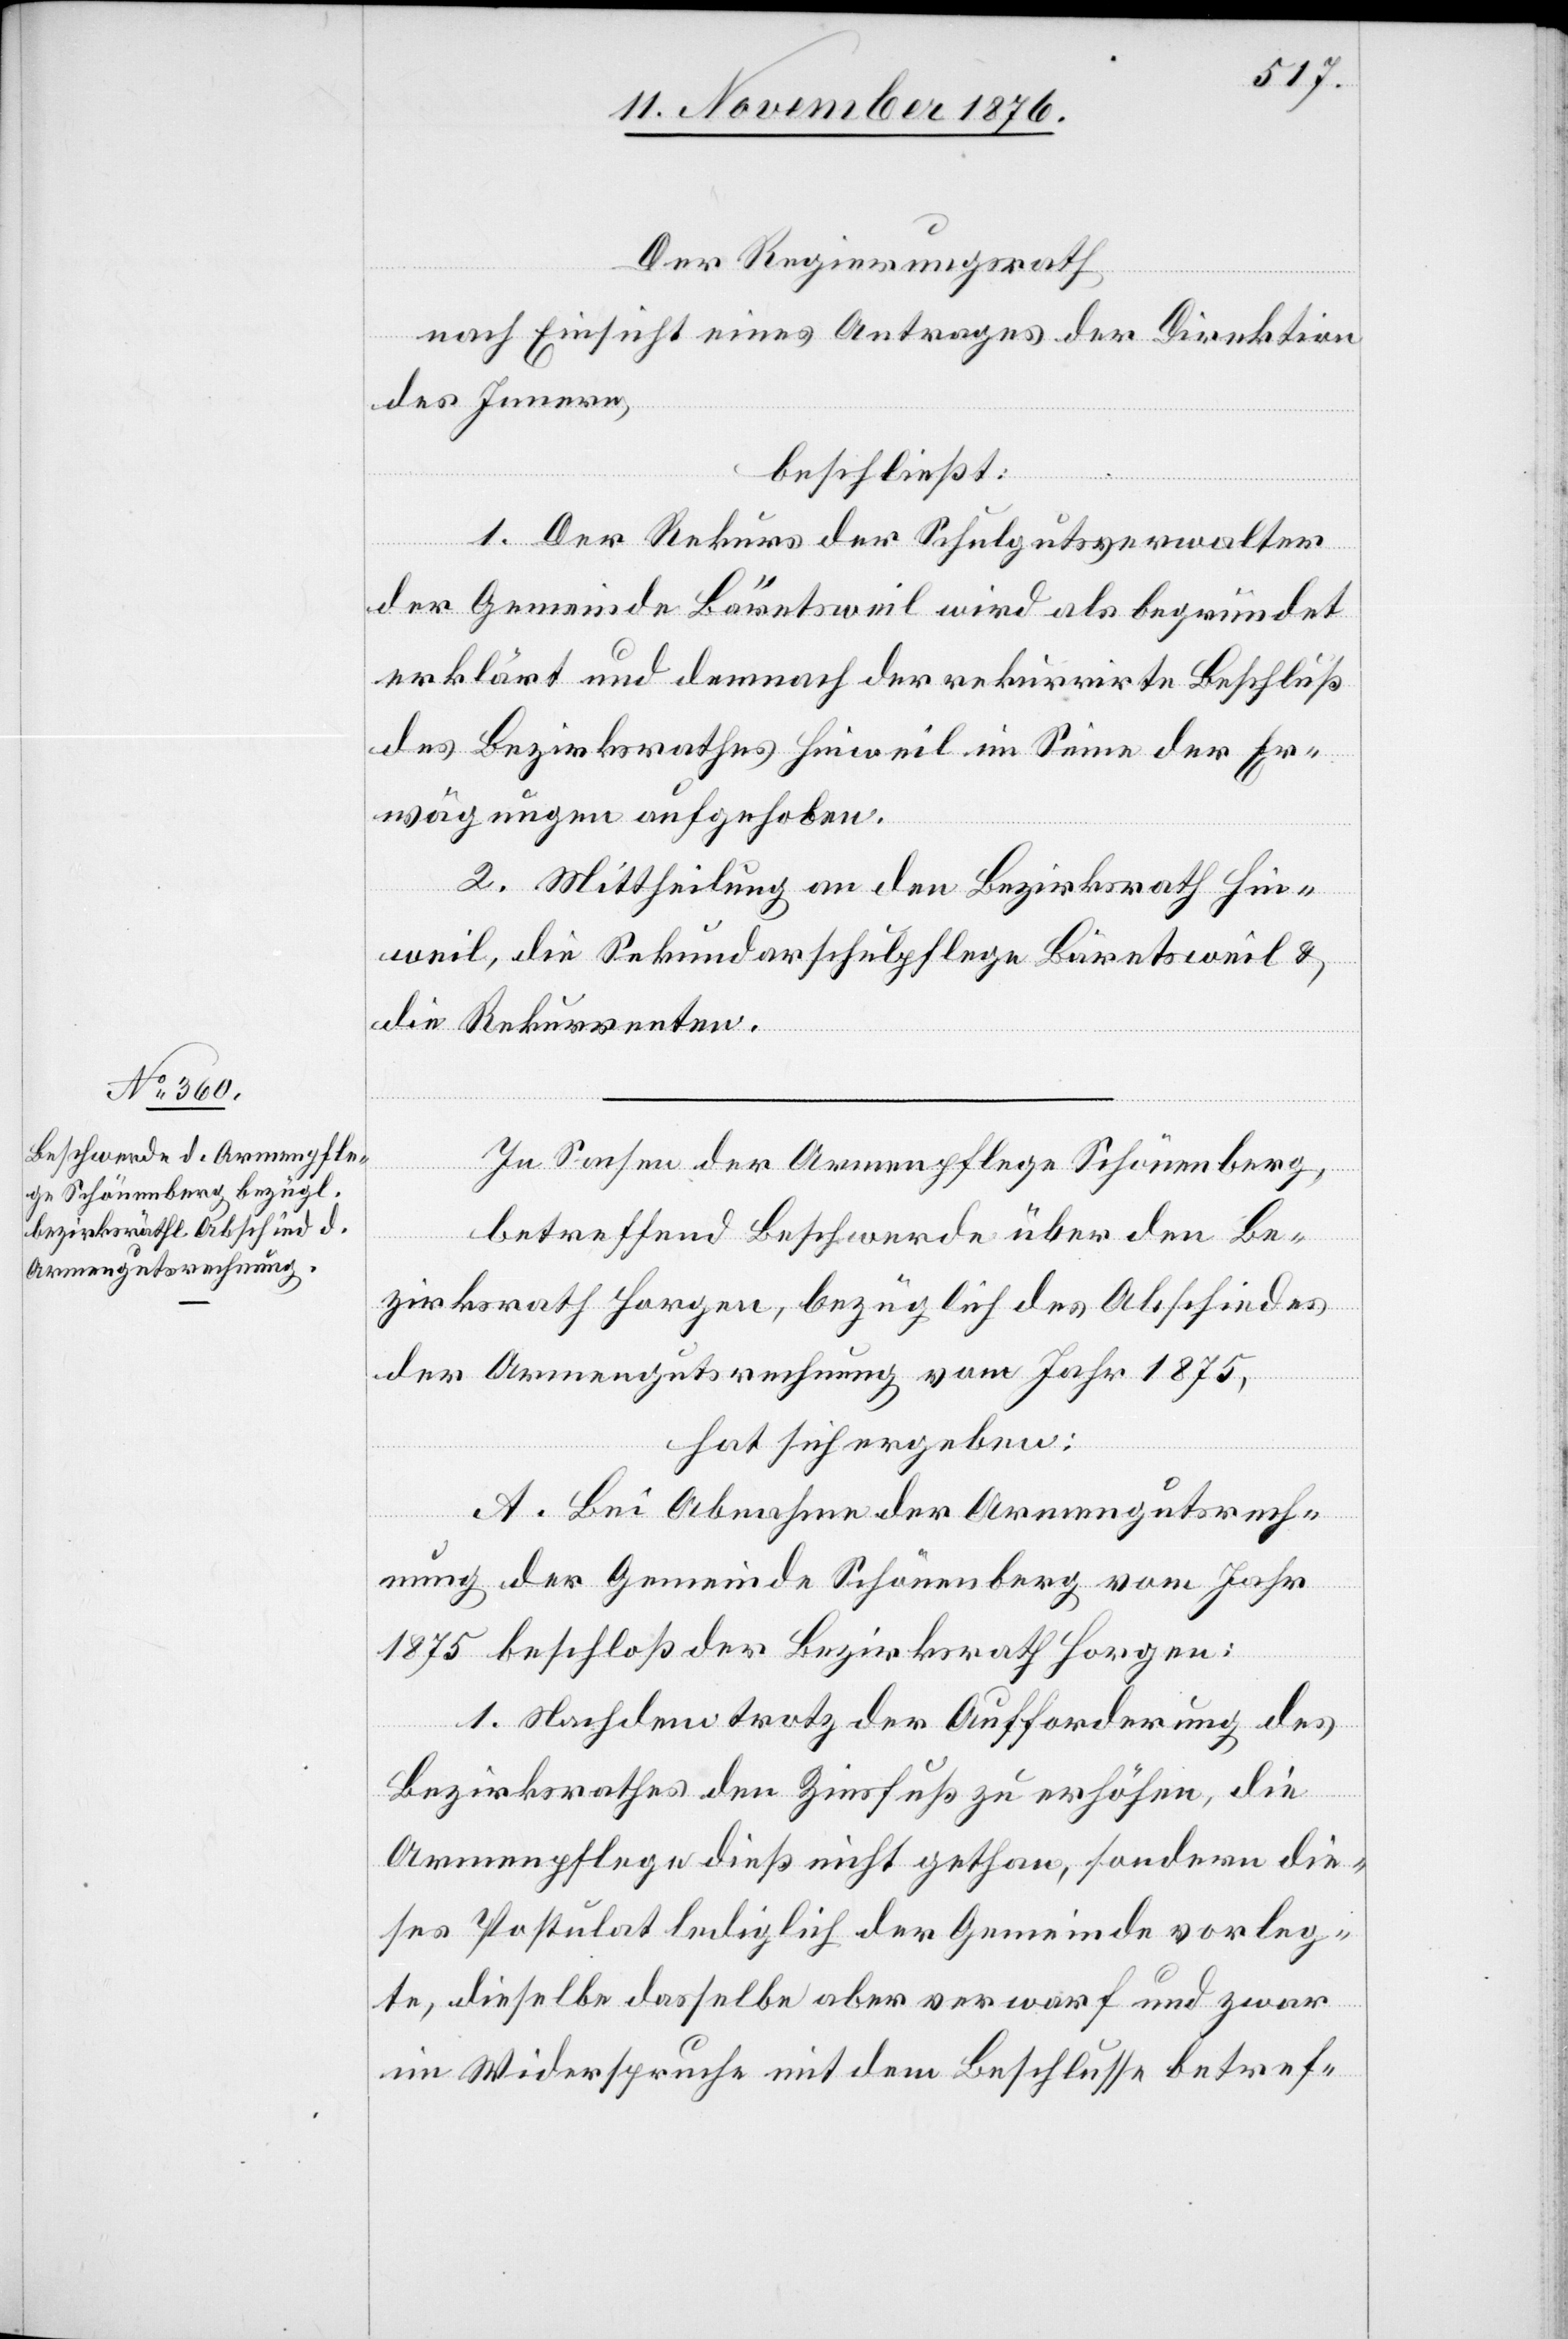
Der Regierungsrath
nach Einsicht eines Antrages der Direktion
des Innern,
beschließt:
1. Der Rekurs der Schulgutsverwalter
der Gemeinde Bäretsweil wird als begründet
erklärt und demnach der rekurrirte Beschluß
des Bezirksrathes Hinweil im Sinne der Er¬
wägungen aufgehoben.
2. Mittheilung an den Bezirksrath Hin¬
weil, die Sekundarschulpflege Bäretsweil &
die Rekurrenten.
In Sachen der Armenpflege Schönenberg,
betreffend Beschwerde über den Be¬
zirksrath Horgen, bezüglich des Abschiedes
der Armengutsrechnung vom Jahr 1875,
hat sich ergeben:
A. Bei Abnahme der Armengutsrech¬
nung der Gemeinde Schönenberg vom Jahr
1875 beschloß der Bezirksrath Horgen:
1. Nachdem trotz der Aufforderung des
Bezirksrathes den Zinsfuß zu erhöhen, die
Armenpflege dieß nicht gethan, sondern die¬
ses Postulat lediglich der Gemeinde vorleg¬
te, dieselbe dasselbe aber verwarf und zwar
im Widerspruche mit dem Beschlusse betref-